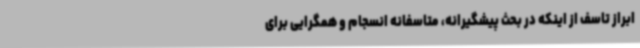
ابراز تاسف از اینکه در بحث پیشگیرانه، متاسفانه انسجام و همگرایی برای